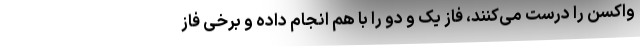
واکسن را درست می‌کنند، فاز یک و دو را با هم انجام داده و برخی فاز